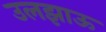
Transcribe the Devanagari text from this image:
उलझाऊ